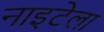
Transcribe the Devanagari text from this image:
नाइटेला